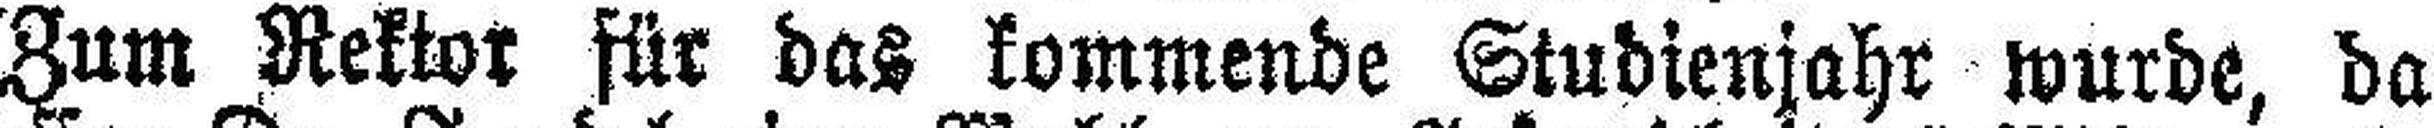
Zum Rektor für das kommende Studienjahr wurde, da